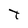
Character: t